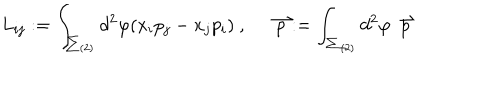
L _ { i j } : = \int _ { \sum _ { ( 2 ) } } d ^ { 2 } \varphi ( x _ { i } p _ { j } - x _ { j } p _ { i } ) \ , \hspace { 3 e x } \stackrel { \rightharpoonup } { p } : = \int _ { \sum _ { ( 2 ) } } d ^ { 2 } \varphi \stackrel { \rightharpoonup } { p }